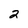
Character: 2